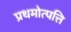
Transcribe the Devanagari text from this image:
प्रथमोत्पत्ति